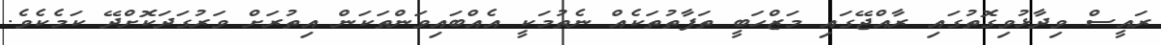
ރައީސް ވިދާޅުވިގޮތުގައި ރާއްޖޭގައި މަޒްހަބީ ތަފާތުތަކެއް ނެތުމަކީ އެއްބައިވަންތަކަން އިތުރަށް ވަރުގަދަކޮށްދޭ ކަމެކެވެ.